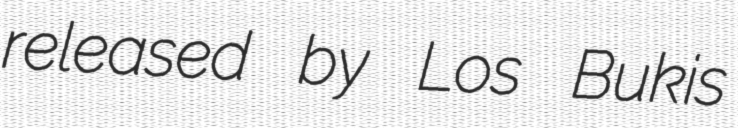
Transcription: released by Los Bukis